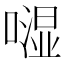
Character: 𠾾